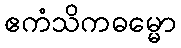
ဧကံသိကဓမ္မော